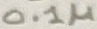
Text: 0.1µ